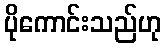
ပိုကောင်းသည်ဟု